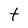
Character: t